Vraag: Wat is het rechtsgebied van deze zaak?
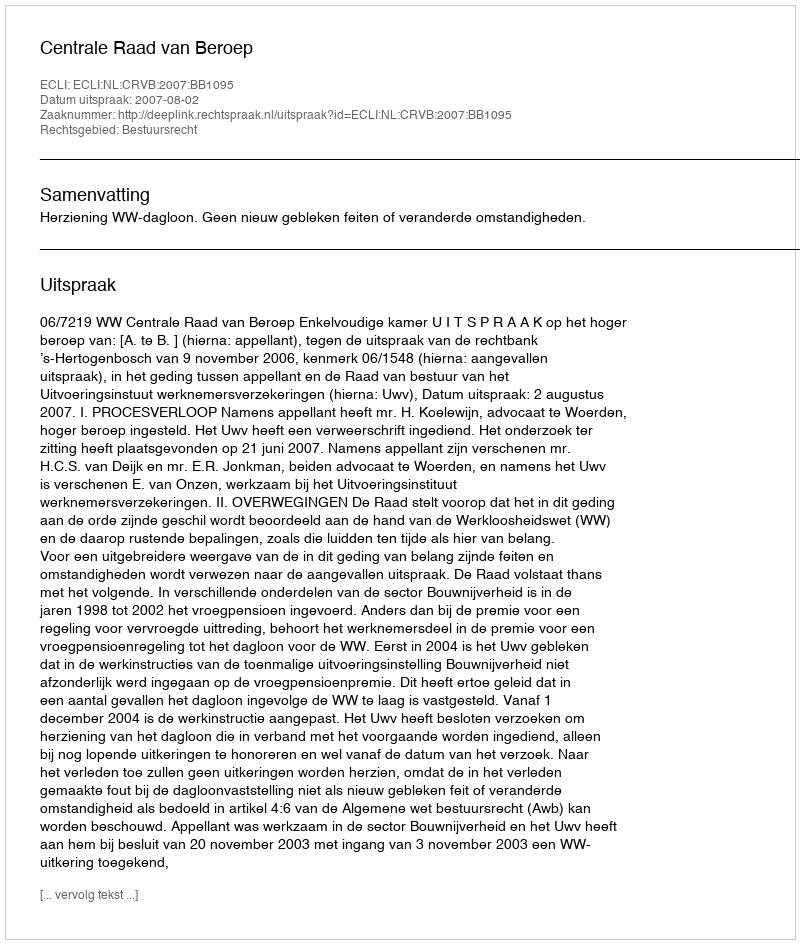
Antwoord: Bestuursrecht